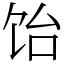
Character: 饴